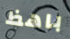
باهظ